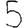
Digit: 5